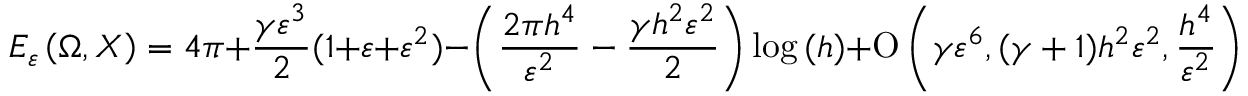
E _ { \varepsilon } \left( \Omega , X \right) = 4 \pi + \frac { \gamma \varepsilon ^ { 3 } } { 2 } ( 1 + \varepsilon + \varepsilon ^ { 2 } ) - \left( \frac { 2 \pi h ^ { 4 } } { \varepsilon ^ { 2 } } - \frac { \gamma h ^ { 2 } \varepsilon ^ { 2 } } { 2 } \right) \log { ( h ) } + \ensuremath { \operatorname { O } \left( \gamma \varepsilon ^ { 6 } , ( \gamma + 1 ) h ^ { 2 } \varepsilon ^ { 2 } , \frac { h ^ { 4 } } { \varepsilon ^ { 2 } } \right) } ,